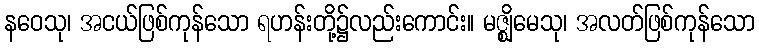
နဝေသု၊ အငယ်ဖြစ်ကုန်သော ရဟန်းတို့၌လည်းကောင်း။ မဇ္ဈိမေသု၊ အလတ်ဖြစ်ကုန်သော